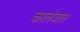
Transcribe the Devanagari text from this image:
कालेजात